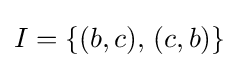
I=\{(b,c),\,(c,b)\}